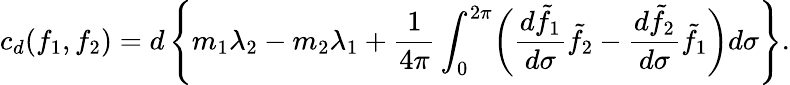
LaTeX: c_{d}(f_{1},f_{2})=d\left\{ m_{1}\lambda_{2}-m_{2}\lambda_{1}+\frac{1}{4\pi}\int_{0}^{2\pi}\biggl(\frac{d\tilde{f}_{1}}{d\sigma}\tilde{f}_{2}-\frac{d\tilde{f}_{2}}{d\sigma}\tilde{f}_{1}\biggr)d\sigma\right\} .